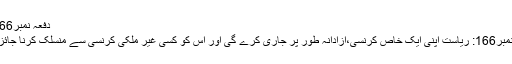
دفعہ نمبر166:…
دفعہ نمبر166: ریاست اپنی ایک خاص کرنسی،آزادانہ طور پر جاری کرے گی اور اس کو کسی غیر ملکی کرنسی سے منسلک کرنا جائز نہیں۔